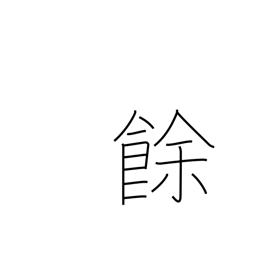
Meaning: excess